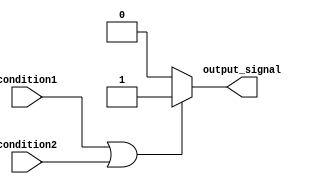
module behavioral_modeling_block (
    input wire condition1,
    input wire condition2,
    output reg output_signal
);

always @* begin
    if (condition1 || condition2) begin
        // Execute code block if any of the conditions are true
        output_signal = 1;
    end
    else begin
        // Default action if all conditions are false
        output_signal = 0;
    end
end

endmodule